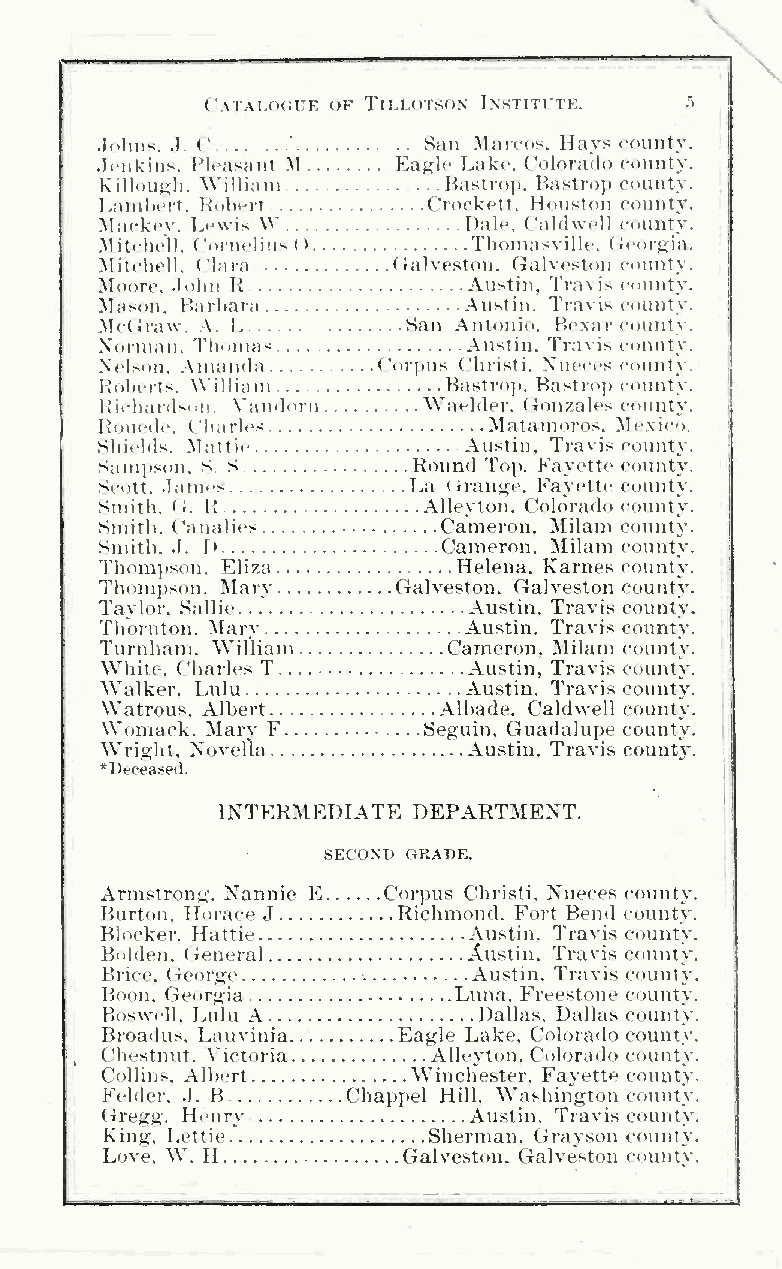
\
 (AlAIJXiUE OF TiLLOTSON InsTITI'TE. 5
 .I.tliiis. .TC        San Mairos. Hays county.
 .Iciikins. I'l.asaiit M Eagle Lake. Colorado eonnty.
 Killoii^h. William    Bastroj). Bastro}) county.
 Laniltert. Robert    Crockett. Houston county.
 Mack(>y. l.(>\vis \v    Dale. Caldwell county.
 Mitchell. ('(•melius < ) Tlioinasville. (icoi-oia.
 Mitchell, ('lara   (Galveston. (Talveston county.
 Moore, .lolm H          Austin, Travis county.
 Mason. Barbara          Austin. Travis county.
 Mc(Traw. A. L       San Antonio. Bexai' county.
 Norman. Tlioma-;        Austin. Travis county.
 X(dson. .\uunida  Coi-])Us Christi. Xueces county.
 Rohci'ts. William     Bastro]). Bastroji county.
 BichardMiii. Naudoru Waelder. Gonzales count}'.
 Houedt". Charles         Matamoros. Mexico.
 Shii'lds. IMattif        Austin, Travis county.
 Sam])Sou. S. S      Round Toj). Fayette county.
 Sc(jtt. .Tames     . .La < rrange. Fayette county.
 Smith, (i. R         Alleyton. Colorado county.
 Smith. Canalies       Cameron, Milam county.
 Smith. .1. r>         Cameron. Milam county.
 Thom])son, Eliza       Helena, Karnes county.
 Thompson. Mary     Galveston, Galveston county.
 Taylor, Sallie          Austin, Travis county.
 Thornton. Mary          Austin. Travis county.
 Turnliam. William      Cameron, Milam county.
 White, Charles T        Austin, Travis county.
 . . .
 Walker. Lulu            Austin. Travis county.
 Watrous, Albert       Albade, Caldwell county.
 Womack, Mary F       .Seguin. Guadalupe county.
 Wright, Novella         Austin, Travis county.
 *Deceased.
 INTERMEDIATE DEPARTMENT.
 SECOND GRADE.
 Armstrong, Nannie E Corpus Christi, Nueces county.
 Burton. Horace J   Richmond, Fort Bend county.
 Blocker, Hattie         Austin, Travis county.
 Bolden. General         Austin. Travis county.
 Brice, George           Austin. Travis county.
 Boon. Georgia          Luna. Freestone county.
 Boswcll. I^ulu A         Dallas. Dallas county.
 Broadus. Lauviuia  Eagle Lake, Colorado county.
 Chestnut. Victoria   Alleyton, Colorado county.
 Collins, Albert     Winchester. Fayette county.
 Felder. J. B    Chappel Hill. Washington county.
 Gregg. Henry            Austin. Travis county.
 King, Lettie         Sherman. Grayson county.
 Love. W. H          Galveston. Galveston countv.